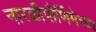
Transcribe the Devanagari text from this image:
नारळीपौर्णिमेच्या